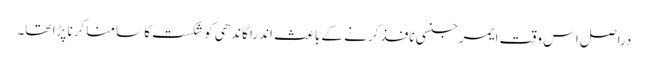
دراصل اس وقت ایمرجنسی نافذ کرنے کے باعث اندرا گاندھی کو شکست کا سامنا کرنا پڑا تھا۔